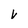
Character: V